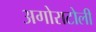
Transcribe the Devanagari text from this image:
अगोराटोली